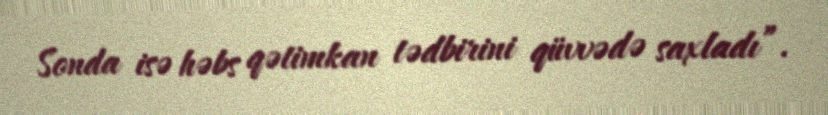
Sonda isə həbs qətimkan tədbirini qüvvədə saxladı”.